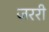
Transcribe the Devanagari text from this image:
जररी